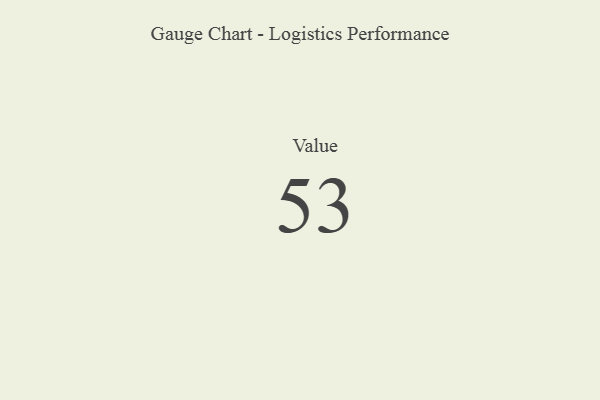
{"axis": {"x": "Metric", "y": "Value"}, "legend": [""], "data": [{"x": "Value", "y": 53, "type": ""}]}